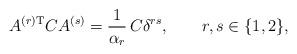
LaTeX: \begin{align*}A^{(r) {\rm T}} C A^{(s)} = \frac{1}{\alpha_r}\, C \delta^{rs}, \qquad r,s\in \{1,2\},\end{align*}